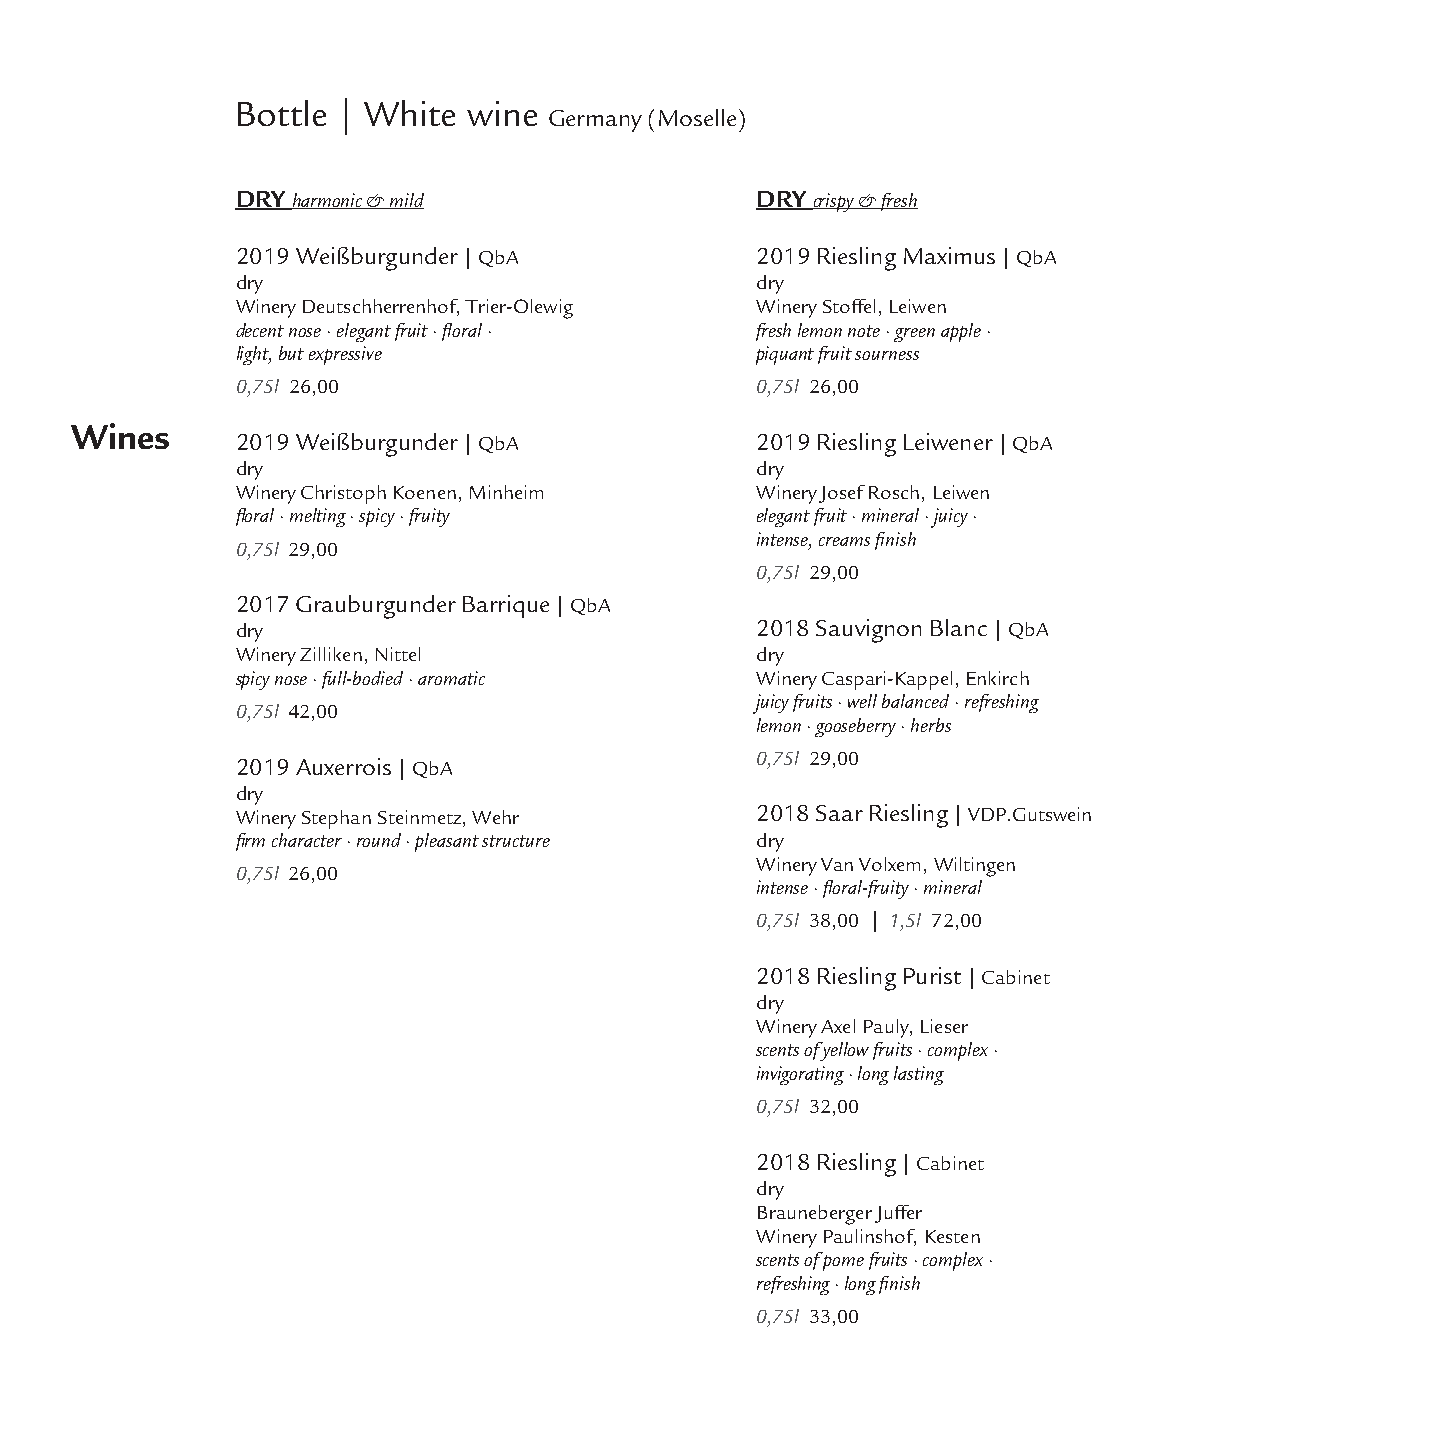
Bottle | White  wine
 Germany (Moselle)
 DRY harmonic & mild               DRY crispy & fresh
 2019 Weißburgunder| QbA           2019 Riesling Maximus| QbA
 dry                               dry
 Winery Deutschherrenhof, Trier-Olewig Winery Stoffel, Leiwen
 decent nose · elegant fruit ·floral · fresh lemon note · green apple ·
 light, but expressive             piquant fruit sourness
 0,75l 26,00                       0,75l 26,00
 Wines
 2019 Weißburgunder| QbA           2019 Riesling Leiwener| QbA
 dry                               dry
 Winery Christoph Koenen, Minheim  Winery Josef Rosch, Leiwen
 floral · melting · spicy · fruity elegant fruit · mineral · juicy ·
 intense, creamsfinish
 0,75l 29,00
 0,75l 29,00
 2017 Grauburgunder Barrique| QbA
 dry                               2018 Sauvignon Blanc| QbA
 Winery Zilliken, Nittel           dry
 spicy nose · full-bodied · aromatic Winery Caspari-Kappel, Enkirch
 juicy fruits · well balanced · refreshing
 0,75l 42,00
 lemon · gooseberry · herbs
 0,75l 29,00
 2019 Auxerrois| QbA
 dry
 Winery Stephan Steinmetz, Wehr    2018 Saar Riesling| VDP.Gutswein
 firm character · round · pleasant structure dry
 Winery Van Volxem, Wiltingen
 0,75l 26,00
 intense ·floral-fruity · mineral
 0,75l 38,00 | 1,5l 72,00
 2018 Riesling Purist| Cabinet
 dry
 Winery Axel Pauly, Lieser
 scents of yellow fruits · complex ·
 invigorating · long lasting
 0,75l 32,00
 2018 Riesling| Cabinet
 dry
 Brauneberger Juffer
 Winery Paulinshof, Kesten
 scents of pome fruits · complex ·
 refreshing · longfinish
 0,75l 33,00